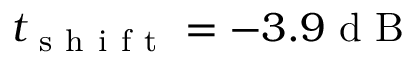
t _ { \mathrm { ~ s ~ h ~ i ~ f ~ t ~ } } = - 3 . 9 \mathrm { ~ d ~ B ~ }